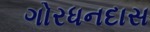
ગોરધનદાસ